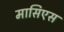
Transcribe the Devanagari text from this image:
मासिएस